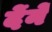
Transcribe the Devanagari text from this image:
देंनें